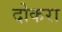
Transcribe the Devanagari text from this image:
दोकरा